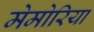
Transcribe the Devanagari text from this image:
मेमोरिया